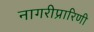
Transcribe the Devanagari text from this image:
नागरीप्रारिणी